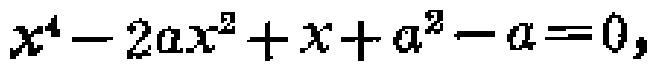
\(x^{4}-2ax^{2}+x + a^{2}-a = 0\)